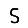
Digit: 5